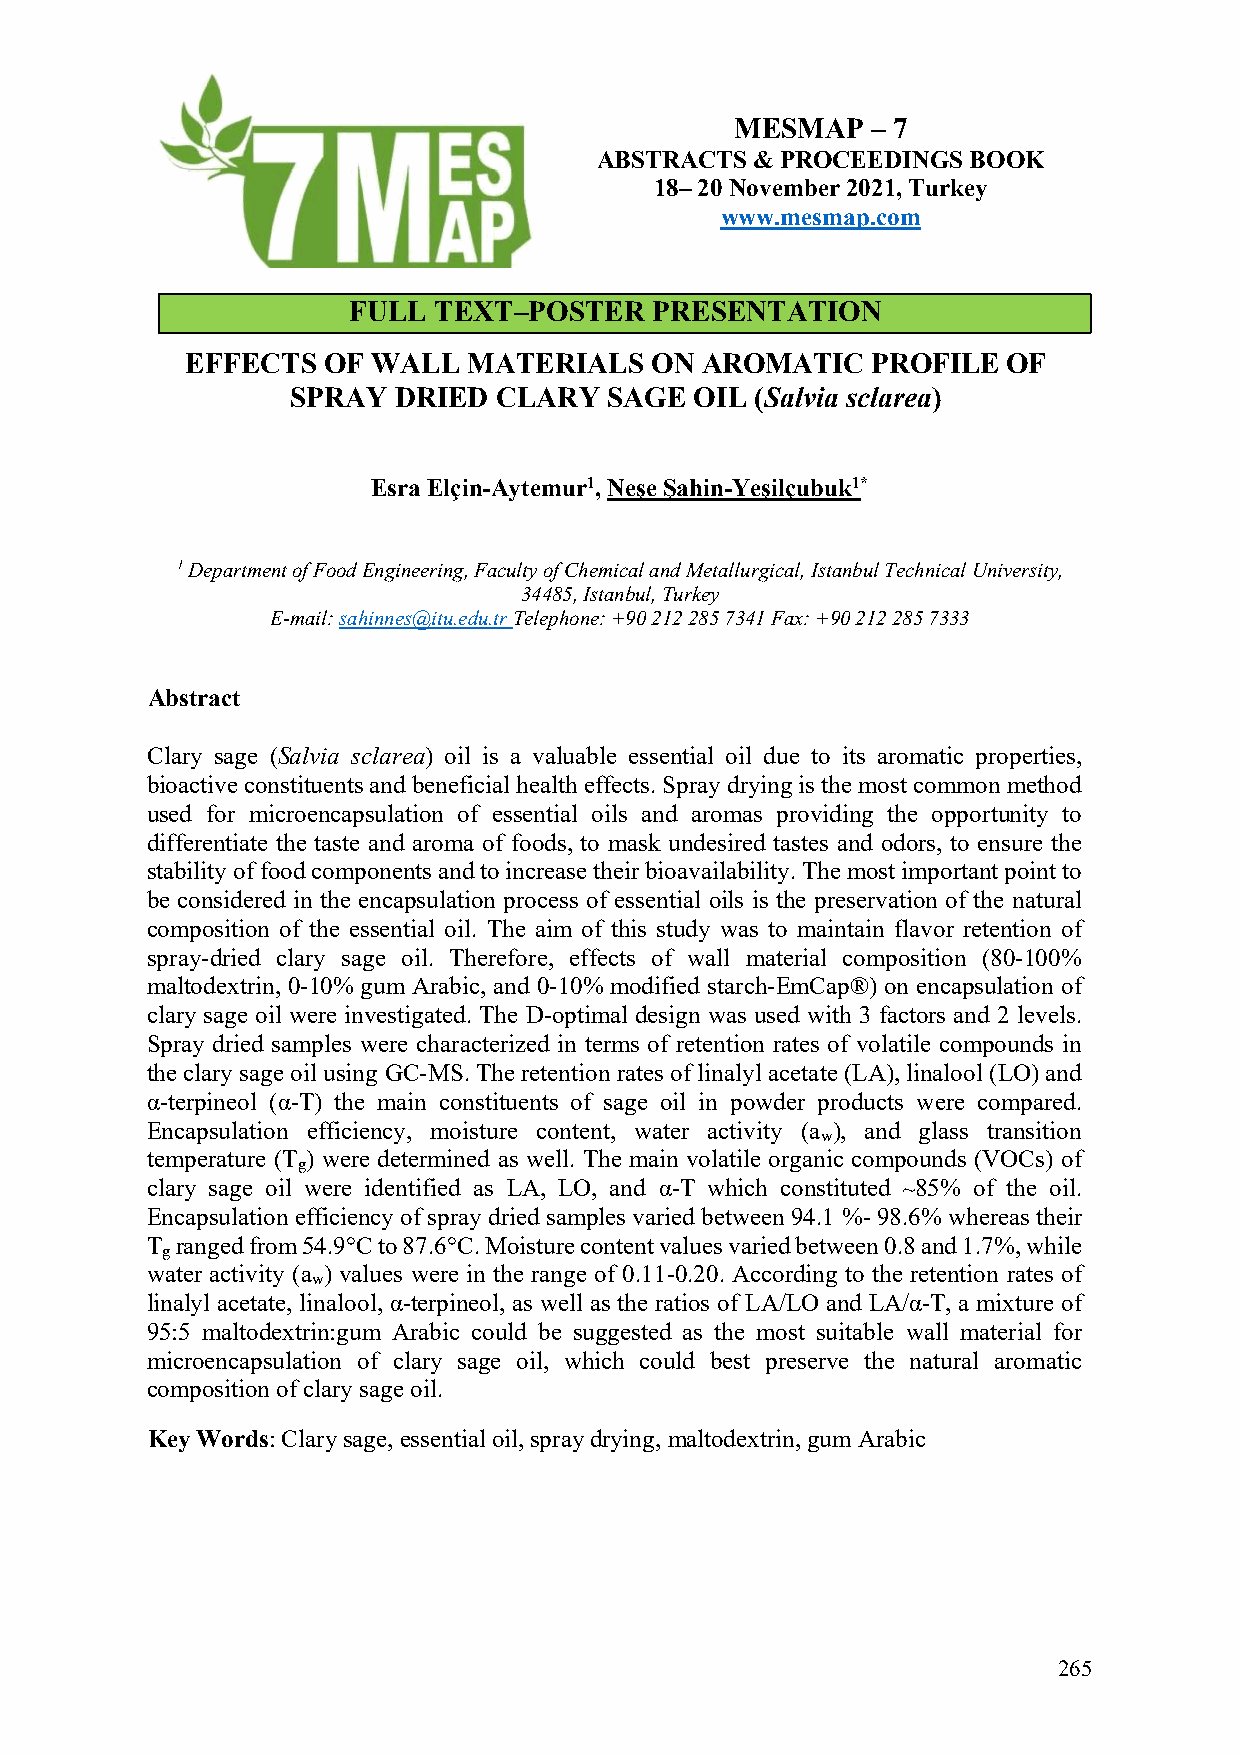
MESMAP   – 7
 ABSTRACTS  & PROCEEDINGS BOOK
 18– 20 November 2021, Turkey
 www.mesmap.com
 FULL  TEXT–POSTER   PRESENTATION
 EFFECTS  OF  WALL  MATERIALS   ON AROMATIC    PROFILE  OF
 SPRAY  DRIED  CLARY  SAGE  OIL (Salvia sclarea)
 Esra Elçin-Aytemur1, Neşe Şahin-Yeşilçubuk1*
 1 Department of Food Engineering, Faculty of Chemical and Metallurgical, Istanbul Technical University,
 34485, Istanbul, Turkey
 E-mail: sahinnes@itu.edu.tr Telephone: +90 212 285 7341 Fax: +90 212 285 7333
 Abstract
 Clary sage (Salvia sclarea) oil is a valuable essential oil due to its aromatic properties,
 bioactive constituents and beneficial health effects. Spray drying is the most common method
 used for microencapsulation of essential oils and aromas providing the opportunity to
 differentiate the taste and aroma of foods, to mask undesired tastes and odors, to ensure the
 stability of food components and to increase their bioavailability. The most important point to
 be considered in the encapsulation process of essential oils is the preservation of the natural
 composition of the essential oil. The aim of this study was to maintain flavor retention of
 spray-dried clary sage oil. Therefore, effects of wall material composition (80-100%
 maltodextrin, 0-10% gum Arabic, and 0-10% modified starch-EmCap®) on encapsulation of
 clary sage oil were investigated. The D-optimal design was used with 3 factors and 2 levels.
 Spray dried samples were characterized in terms of retention rates of volatile compounds in
 the clary sage oil using GC-MS. The retention rates of linalyl acetate (LA), linalool (LO) and
 α-terpineol (α-T) the main constituents of sage oil in powder products were compared.
 Encapsulation efficiency, moisture content, water activity (a ), and glass transition
 w
 temperature (T ) were determined as well. The main volatile organic compounds (VOCs) of
 g
 clary sage oil were identified as LA, LO, and α-T which constituted ~85% of the oil.
 Encapsulation efficiency of spray dried samples varied between 94.1 %- 98.6% whereas their
 T ranged from 54.9°C to 87.6°C. Moisture content values varied between 0.8 and 1.7%, while
 g
 water activity (a ) values were in the range of 0.11-0.20. According to the retention rates of
 w
 linalyl acetate, linalool, α-terpineol, as well as the ratios of LA/LO and LA/α-T, a mixture of
 95:5 maltodextrin:gum Arabic could be suggested as the most suitable wall material for
 microencapsulation of clary sage oil, which could best preserve the natural aromatic
 composition of clary sage oil.
 Key Words: Clary sage, essential oil, spray drying, maltodextrin, gum Arabic
 265